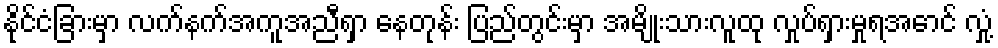
နိုင်ငံခြားမှာ လက်နက်အကူအညီရှာ နေတုန်း ပြည်တွင်းမှာ အမျိုးသားလူထု လှုပ်ရှားမှုရအောင် လှုံ့